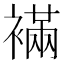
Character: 襔